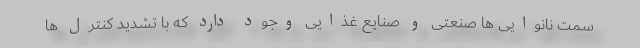
سمت نانوایی ها صنعتی و صنایع غذایی وجود دارد که با تشدید کنترل ها